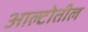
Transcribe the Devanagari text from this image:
आल्टोतील